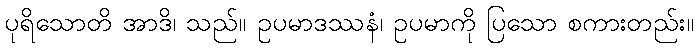
ပုရိသောတိ အာဒိ၊ သည်။ ဥပမာဒဿနံ၊ ဥပမာကို ပြသော စကားတည်း။